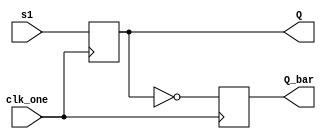
`timescale 1ns / 1ps

module debounce_s1(input clk_one,input s1,output reg Q, output reg Q_bar
    );
    always @(posedge clk_one)
    begin 
    Q <= s1;
    Q_bar<=!Q;
    end
endmodule